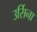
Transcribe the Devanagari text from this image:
उर्सिना